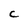
Character: C